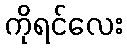
ကိုရင်လေး